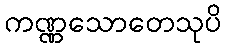
ကဏ္ဏသောတေသုပိ